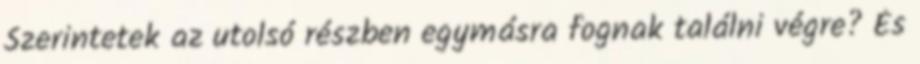
Szerintetek az utolsó részben egymásra fognak találni végre? És